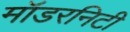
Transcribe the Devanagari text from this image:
मॉडरनिटी